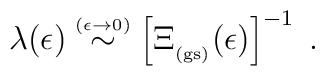
\lambda(\epsilon) \stackrel{\scriptscriptstyle (\epsilon \rightarrow 0)}{\sim}\left[\Xi_{_{\rm (gs)}} (\epsilon)\right]^{-1}\;  .